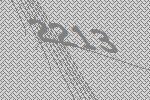
2213